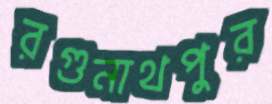
রগুনাথপুর